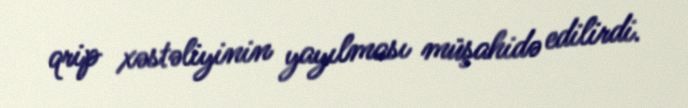
qrip xəstəliyinin yayılması müşahidə edilirdi.